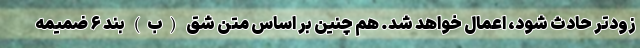
زودتر حادث شود، اعمال خواهد شد. هم چنین بر اساس متن شق (ب) بند ۶ ضمیمه